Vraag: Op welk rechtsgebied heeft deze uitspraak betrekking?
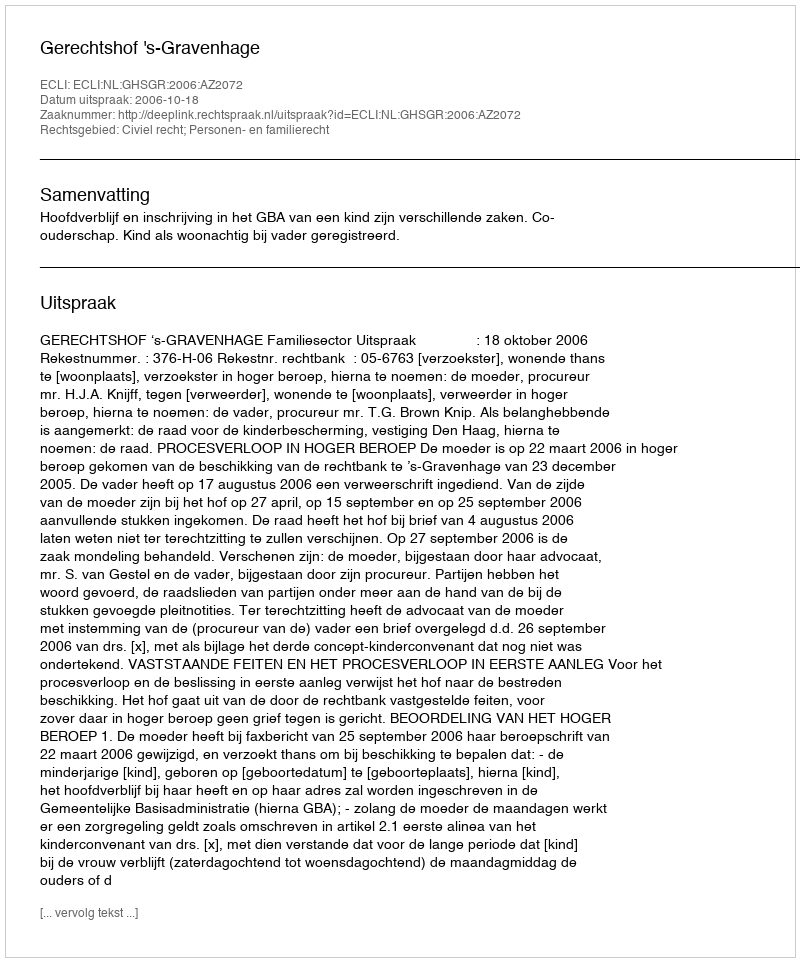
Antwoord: Civiel recht; Personen- en familierecht